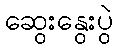
ဆွေးနွေးပွဲ